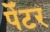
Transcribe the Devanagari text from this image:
पेँटर